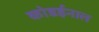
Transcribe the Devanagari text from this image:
कोडईनाल